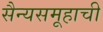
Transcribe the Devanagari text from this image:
सैन्यसमूहाची